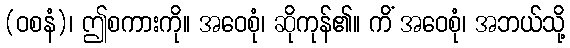
(ဝစနံ)၊ ဤစကားကို။ အဝေစုံ၊ ဆိုကုန်၏။ ကိံ အဝေစုံ၊ အဘယ်သို့